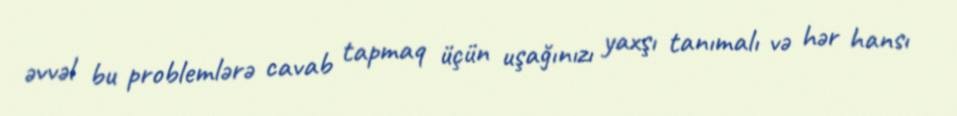
əvvəl bu problemlərə cavab tapmaq üçün uşağınızı yaxşı tanımalı və hər hansı